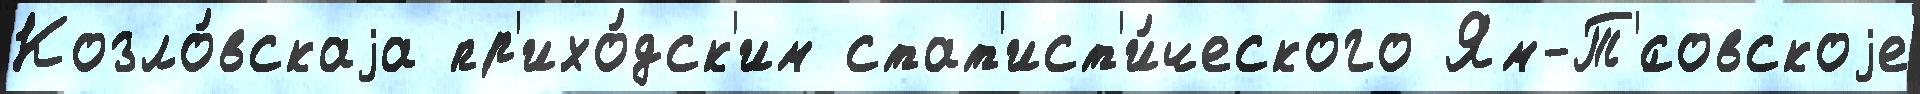
Козло́вскаjа пр'ихо́дск'им стат'ист'и́ческого Ям-Т'́совскоjе